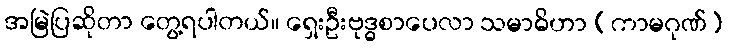
အမြဲပြဆိုတာ တွေ့ရပါတယ်။ ရှေးဦးဗုဒ္ဓစာပေလာ သမာဓိဟာ (ကာမဂုဏ်)